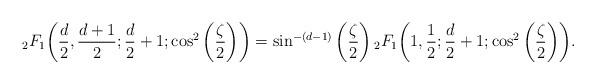
LaTeX: \begin{align*} {}_2 F_1\bigg(\frac{d}{2},\frac{d+1}{2};\frac{d}{2}+1;\cos^2\bigg(\frac{\zeta}{2}\bigg)\bigg) = \sin^{-(d-1)} \bigg(\frac{\zeta}{2}\bigg) \, {}_2 F_1\bigg(1,\frac{1}{2};\frac{d}{2}+1;\cos^2\bigg(\frac{\zeta}{2}\bigg)\bigg).\end{align*}